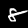
Digit: 8